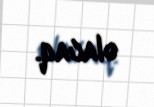
olacaq.